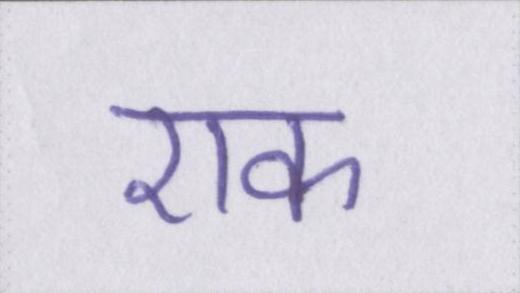
एक